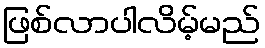
ဖြစ်လာပါလိမ့်မည်